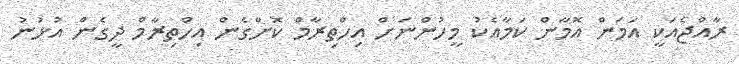
ރާއްޖެއަކީ އަމަން އޮމާން ކަމާއެކު މީހުންނަށް އިހްތިރާމް ކޮށްގެން އިހްތިރާމް ދީގެން އުޅުނު